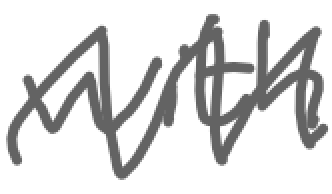
Text: with
Cross-out: mix
Writing tool: digital_gray